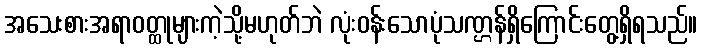
အသေးစားအရာဝတ္ထုများကဲ့သို့မဟုတ်ဘဲ လုံးဝန်းသောပုံသဏ္ဌန်ရှိကြောင်းတွေ့ရှိရသည်။